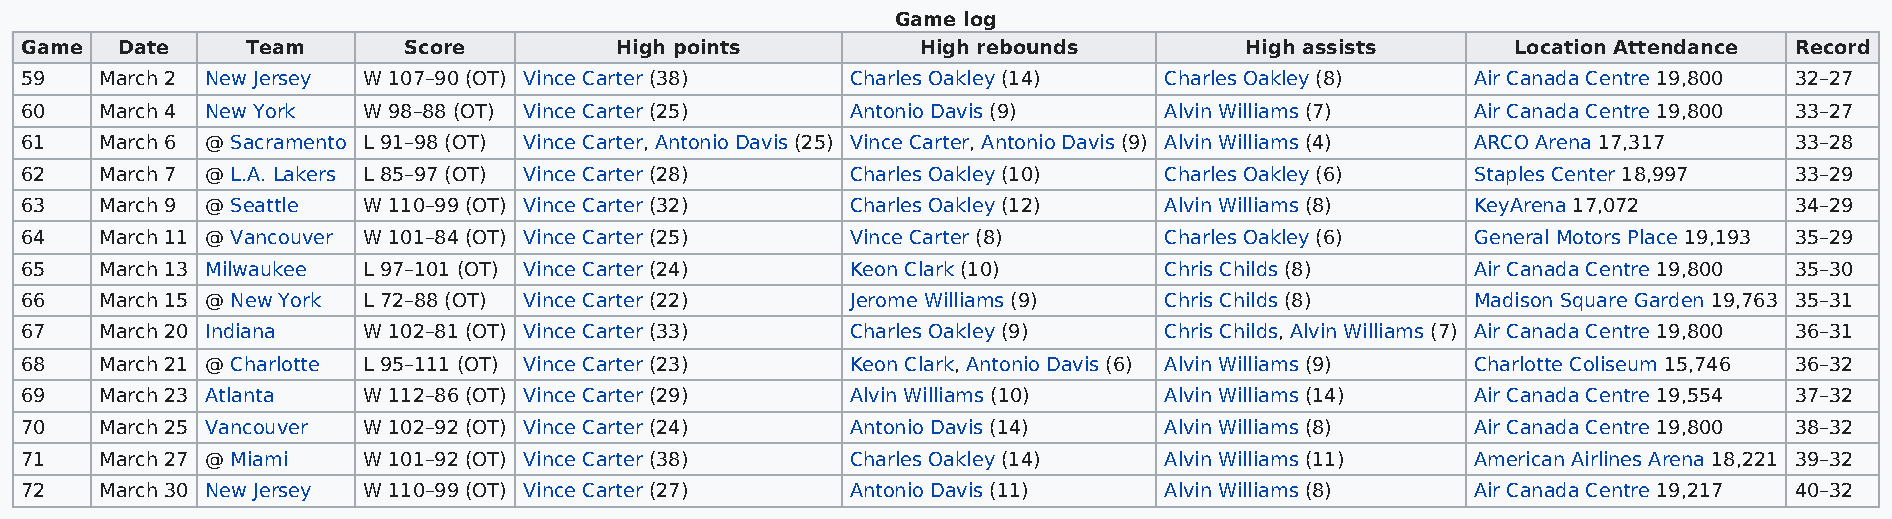
Game log
 Game   Date    Team       Score         High points         High rebounds        High assists      Location Attendance Record
 59    March 2 New Jersey W 107–90 (OT) Vince Carter (38) Charles Oakley (14) Charles Oakley (8)  Air Canada Centre 19,800 32–27
 60    March 4 New York W 98–88 (OT) Vince Carter (25)  Antonio Davis (9)    Alvin Williams (7)   Air Canada Centre 19,800 33–27
 61    March 6 @ Sacramento L 91–98 (OT) Vince Carter, Antonio Davis (25) Vince Carter, Antonio Davis (9) Alvin Williams (4) ARCO Arena 17,317 33–28
 62    March 7 @ L.A. Lakers L 85–97 (OT) Vince Carter (28) Charles Oakley (10) Charles Oakley (6) Staples Center 18,997 33–29
 63    March 9 @ Seattle W 110–99 (OT) Vince Carter (32) Charles Oakley (12) Alvin Williams (8)   KeyArena 17,072      34–29
 64    March 11 @ Vancouver W 101–84 (OT) Vince Carter (25) Vince Carter (8) Charles Oakley (6)   General Motors Place 19,193 35–29
 65    March 13 Milwaukee L 97–101 (OT) Vince Carter (24) Keon Clark (10)    Chris Childs (8)     Air Canada Centre 19,800 35–30
 66    March 15 @ New York L 72–88 (OT) Vince Carter (22) Jerome Williams (9) Chris Childs (8)    Madison Square Garden 19,763 35–31
 67    March 20 Indiana W 102–81 (OT) Vince Carter (33) Charles Oakley (9)   Chris Childs, Alvin Williams (7) Air Canada Centre 19,800 36–31
 68    March 21 @ Charlotte L 95–111 (OT) Vince Carter (23) Keon Clark, Antonio Davis (6) Alvin Williams (9) Charlotte Coliseum 15,746 36–32
 69    March 23 Atlanta W 112–86 (OT) Vince Carter (29) Alvin Williams (10)  Alvin Williams (14)  Air Canada Centre 19,554 37–32
 70    March 25 Vancouver W 102–92 (OT) Vince Carter (24) Antonio Davis (14) Alvin Williams (8)   Air Canada Centre 19,800 38–32
 71    March 27 @ Miami W 101–92 (OT) Vince Carter (38) Charles Oakley (14)  Alvin Williams (11)  American Airlines Arena 18,221 39–32
 72    March 30 New Jersey W 110–99 (OT) Vince Carter (27) Antonio Davis (11) Alvin Williams (8)  Air Canada Centre 19,217 40–32